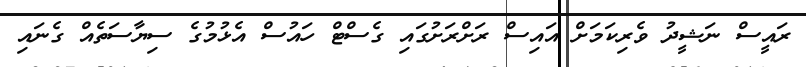
ރައީސް ނަޝީދު ވެރިކަމަށް އައިސް ރަށްރަށުގައި ގެސްޓް ހައުސް އެޅުމުގެ ސިޔާސަތެއް ގެނައި